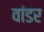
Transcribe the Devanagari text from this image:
वांडर